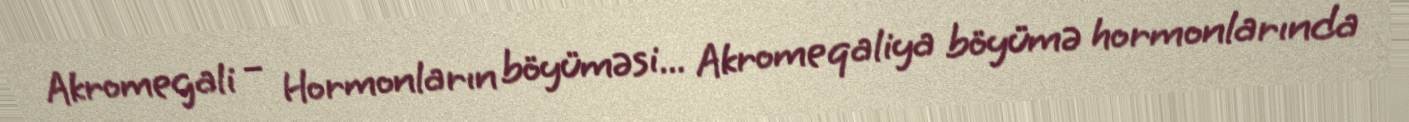
Akromegali – Hormonların böyüməsi... Akromeqaliya böyümə hormonlarında